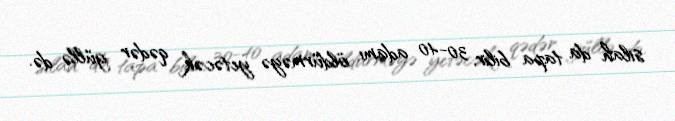
silah da tapa bilir, 30-40 adamı öldürməyə yetəcək qədər güllə də.